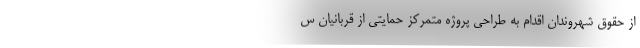
از حقوق شهروندان اقدام به طراحی پروژه متمرکز حمایتی از قربانیان س